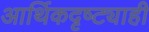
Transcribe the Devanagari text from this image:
आर्थिकदृष्ट्याही